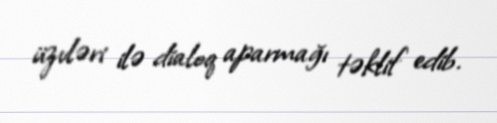
üzvləri ilə dialoq aparmağı təklif edib.